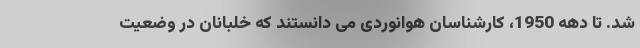
شد. تا دهه 1950، کارشناسان هوانوردی می دانستند که خلبانان در وضعیت